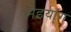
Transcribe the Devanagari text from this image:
मेइयांग